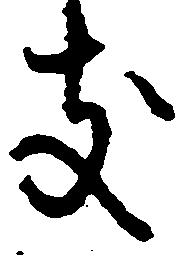
支